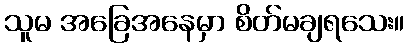
သူမ အခြေအနေမှာ စိတ်မချရသေး။